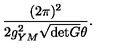
\frac { ( 2 \pi ) ^ { 2 } } { 2 g _ { Y M } ^ { 2 } \sqrt { \mathrm { d e t } G } \theta } .